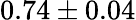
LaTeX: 0.74\pm 0.04